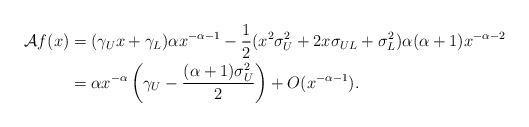
LaTeX: \begin{align*}\mathcal{A} f(x) & = (\gamma_U x + \gamma_L) \alpha x^{-\alpha -1} -\frac{1}{2} ( x^2 \sigma_U^2 + 2 x \sigma_{UL} + \sigma_L^2) \alpha (\alpha+1)x^{-\alpha-2} \\& =\alpha x^{-\alpha} \left( \gamma_U - \frac{(\alpha + 1) \sigma_U^2}{2} \right)+ O(x^{-\alpha -1}).\end{align*}